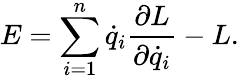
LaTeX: E=\sum_{i=1}^{n}{\dot{q}}_{i}{\frac{\partial L}{\partial{\dot{q}}_{i}}}-L.